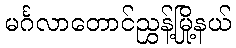
မင်္ဂလာတောင်ညွှန့်မြို့နယ်